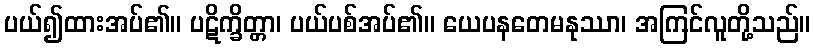
ပယ်၍ထားအပ်၏။ ပဋိက္ခိတ္တာ၊ ပယ်ပစ်အပ်၏။ ယေပနတေမနုဿာ၊ အကြင်လူတို့သည်။